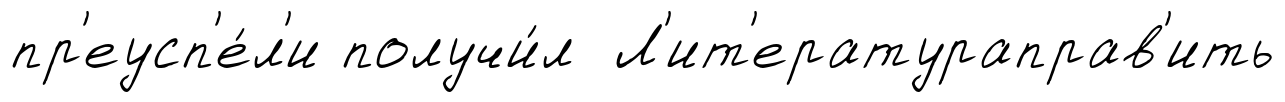
пр'еусп'е́л'и получи́л Л'ит'ератураправ'ить